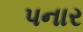
પનાર